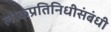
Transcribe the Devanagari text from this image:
लोकप्रतिनिधीसंबंधी